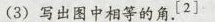
(3)写出图中相等的角.^{[2]}